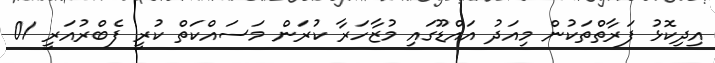
އިދިކޮޅު ފަރާތްތަކުން މިއަދު އައްޑޫގައި މުޒާހަރާ ކުރަން މަސައްކަތް ކުރީ ފެބްރުއަރީ 01